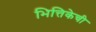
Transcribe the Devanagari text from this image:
भित्तिकेची